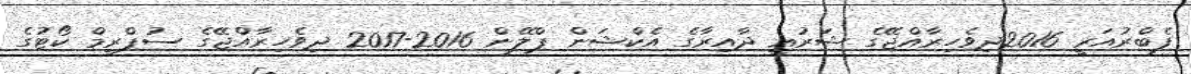
ފެބްރުއަރީ 2016ދިވެހިރާއްޖޭގެ ޝަރުޢީ ދާއިރާގެ އެކްޝަން ޕްލޭން 2016-2017 ދިވެހިރާއްޖޭގެ ސުޕްރީމް ކޯޓުގެ